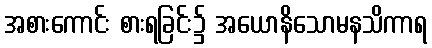
အစားကောင်း စားရခြင်း၌ အယောနိသောမနသိကာရ